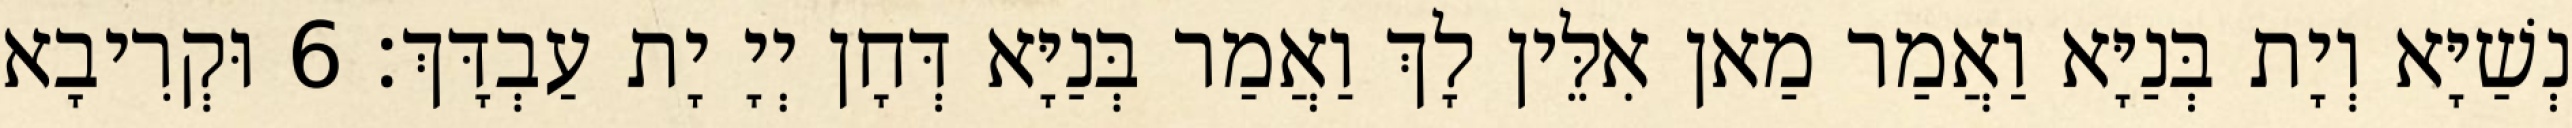
נְשַׁיָּא וְיָת בְּנַיָּא וַאֲמַר מַאן אִלֵּין לָךְ וַאֲמַר בְּנַיָּא דְּחָן יְיָ יָת עַבְדָּךְ׃ 6 וּקְרִיבָא